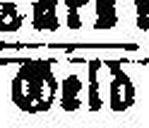
Geld